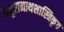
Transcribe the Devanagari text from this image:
मथुरानाथशास्त्रिकृत